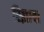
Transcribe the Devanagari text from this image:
रिझाया